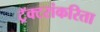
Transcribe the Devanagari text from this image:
ट्रॅक्टरांकरिता